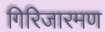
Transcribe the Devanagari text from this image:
गिरिजारमण